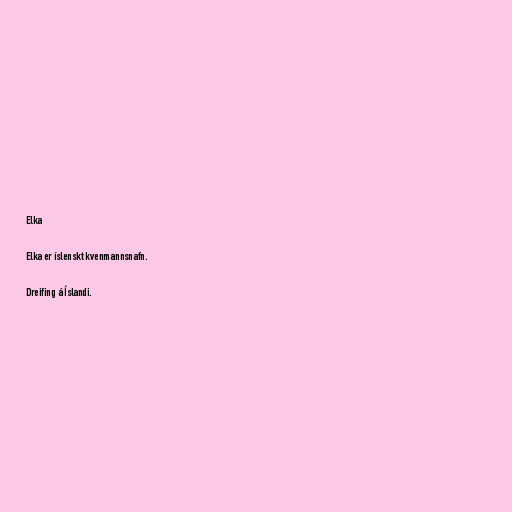
Elka

Elka er íslenskt kvenmannsnafn.

Dreifing á Íslandi.